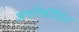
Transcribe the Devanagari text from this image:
अपरिशोधित